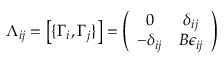
\Lambda _ { i j } = \left[ \{ \Gamma _ { i } , \Gamma _ { j } \} \right] = \left( \begin{array} { c c } { { 0 } } & { { \delta _ { i j } } } \\ { { - \delta _ { i j } } } & { { B \epsilon _ { i j } } } \end{array} \right)